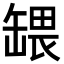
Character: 𬙒